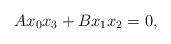
\begin{align*}Ax_0x_3+Bx_1x_2=0,\end{align*}